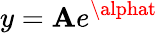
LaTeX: y=\mathbf{A}e^{\alphat}